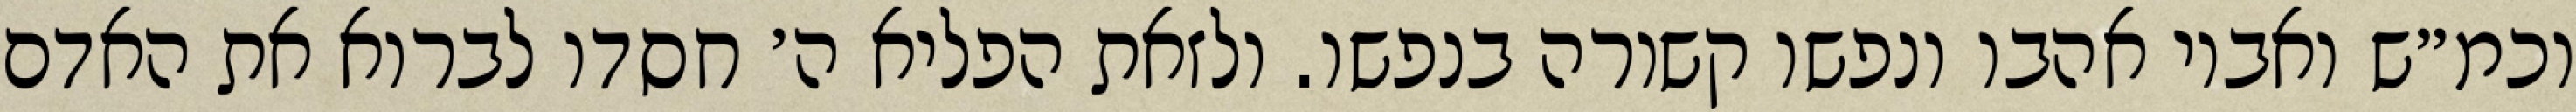
וכמ״ש ואביו אהבו ונפשו קשורה בנפשו. ולזאת הפליא ה׳ חסדו לברוא את האדם